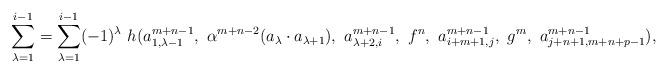
LaTeX: \begin{align*}\sum_{\lambda = 1}^{i-1} = \sum_{\lambda = 1}^{i-1} (-1)^\lambda ~ h ( a^{m+n-1}_{1,\lambda -1} , ~ \alpha^{m+n-2} (a_\lambda \cdot a_{\lambda+1}), ~a^{m+n-1}_{\lambda +2 , i}, ~ f^n, ~ a_{i+m +1, j}^{m+n-1}, ~ g^m, ~ a^{m+n-1}_{j+n+1, m+n+p-1}),\end{align*}